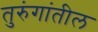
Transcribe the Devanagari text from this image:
तुरुंगांतील